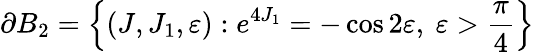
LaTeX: \partial B_{2}=\left\{ (J,J_{1},\varepsilon):e^{4J_{1}}=-\cos 2\varepsilon,\ \varepsilon>\frac{\pi}{4}\right\}